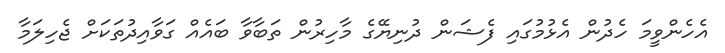
އެހެންވީމަ ހެދުން އެޅުމުގައި ފެޝަން ދުނިޔޭގެ މާހިރުން ތަބާވާ ބައެއް ގަވާއިދުތަކަށް ޖެހިލަމާ